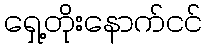
ရှေ့တိုးနောက်ငင်